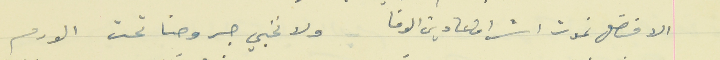
الافضل نموت اشراف عا دين الوفا                                  ولا نخبي جروحنا تحت الورم